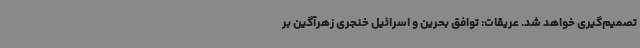
تصمیم‌گیری خواهد شد. عریقات: توافق بحرین و اسرائیل خنجری زهرآگین بر